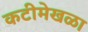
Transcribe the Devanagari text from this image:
कटीमेखळा